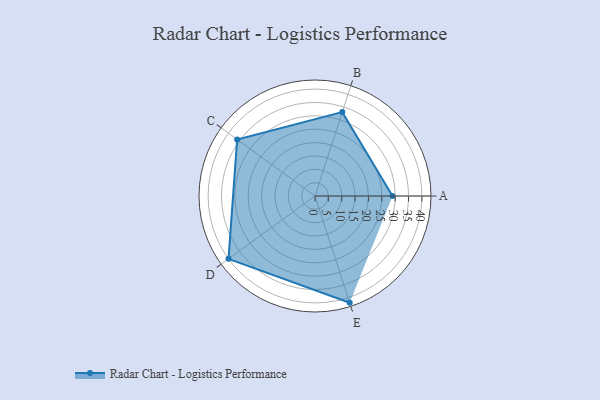
{"axis": {"x": "Skill", "y": "Score"}, "legend": ["Profile"], "data": [{"x": "A", "y": 29.0, "type": "Profile"}, {"x": "B", "y": 33.0, "type": "Profile"}, {"x": "C", "y": 36.0, "type": "Profile"}, {"x": "D", "y": 40.0, "type": "Profile"}, {"x": "E", "y": 42.0, "type": "Profile"}]}